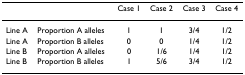
|  |  | Case 1 | Case 2 | Case 3 | Case 4 |
 | --- | --- | --- | --- | --- | --- |
 | Line A | Proportion A alleles | 1 | 1 | 3/4 | 1/2 |
 | Line A | Proportion B alleles | 0 | 0 | 1/4 | 1/2 |
 | Line B | Proportion A alleles | 0 | 1/6 | 1/4 | 1/2 |
 | Line B | Proportion B alleles | 1 | 5/6 | 3/4 | 1/2 |